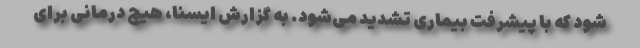
شود که با پیشرفت بیماری تشدید می‌شود. به گزارش ایسنا، هیچ درمانی برای